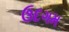
ઉદગમ